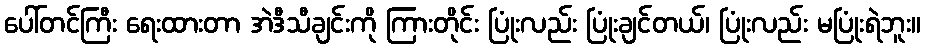
ပေါ်တင်ကြီး ရေးထားတာ အဲဒီသီချင်းကို ကြားတိုင်း ပြုံးလည်း ပြုံးချင်တယ်၊ ပြုံးလည်း မပြုံးရဲဘူး။